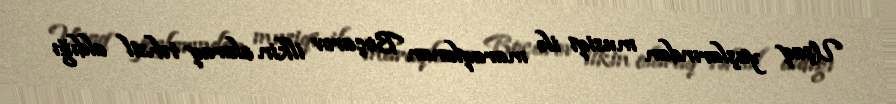
Uşaq yaşlarından musiqi ilə maraqlanan Boçarov ilkin olaraq təhsil aldığı